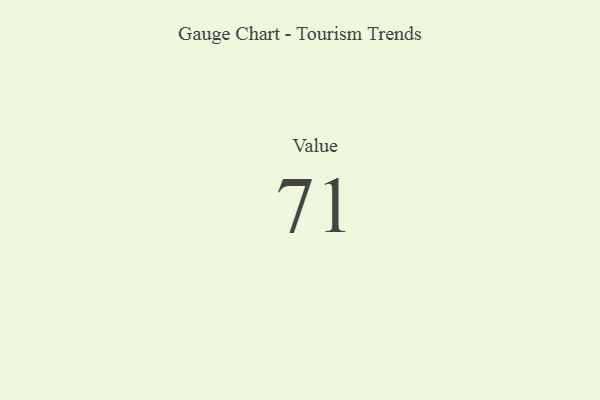
{"axis": {"x": "Metric", "y": "Value"}, "legend": [""], "data": [{"x": "Value", "y": 71, "type": ""}]}